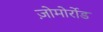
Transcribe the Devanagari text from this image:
ज़ोमोर्रोड